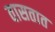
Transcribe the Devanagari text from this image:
वासतात